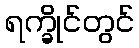
ရက္ခိုင်တွင်